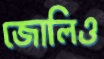
জোলিও